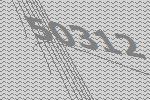
50312